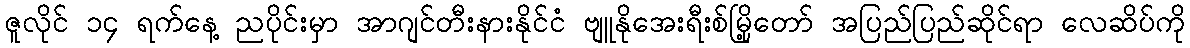
ဇူလိုင် ၁၄ ရက်နေ့ ညပိုင်းမှာ အာဂျင်တီးနားနိုင်ငံ ဗျူနိုအေးရီးစ်မြို့တော် အပြည်ပြည်ဆိုင်ရာ လေဆိပ်ကို